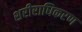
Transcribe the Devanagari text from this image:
शरीराधिकरण